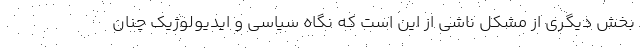
بخش دیگری از مشکل ناشی از این است که نگاه سیاسی و ایدیولوژیک چنان